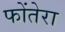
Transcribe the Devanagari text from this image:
फोंतेरा